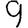
Digit: 9